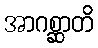
အာဂစ္ဆာတိ